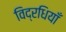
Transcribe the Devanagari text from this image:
विद्रधियाँ